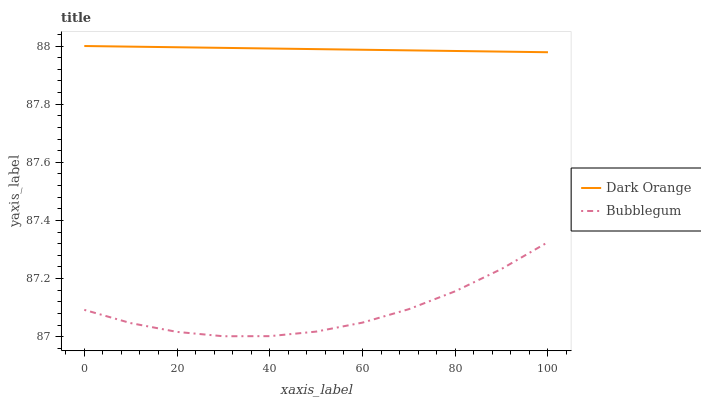
| xaxis_label | Dark Orange | Bubblegum |
 | --- | --- | --- |
 | 0 | 88 | 87.1 |
 | 10 | 88 | 87 |
 | 20 | 88 | 87 |
 | 30 | 88 | 87 |
 | 40 | 88 | 87 |
 | 50 | 88 | 87 |
 | 60 | 88 | 87 |
 | 70 | 88 | 87.1 |
 | 80 | 88 | 87.2 |
 | 90 | 88 | 87.2 |
 | 100 | 88 | 87.3 |